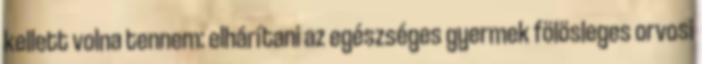
kellett volna tennem: elhárítani az egészséges gyermek fölösleges orvosi